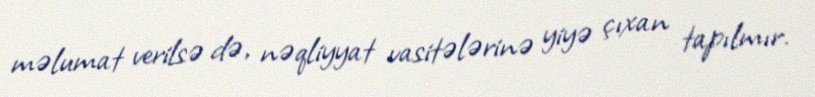
məlumat verilsə də, nəqliyyat vasitələrinə yiyə çıxan tapılmır.